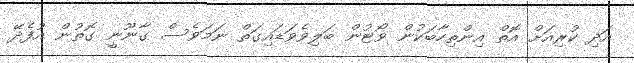
އަދި ކުރިއަށް އޮތް އިންތިހާބަކުން ވޯޓުން ބަލިވެވަޑައިގަތް ނަމަވެސް ގާނޫނީ ގޮތުން އުފެދޭ